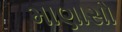
માણાસો